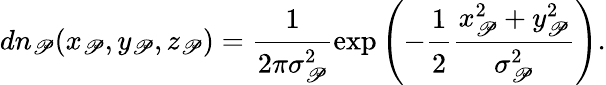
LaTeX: dn_{\mathscr{P}}(x_{\mathscr{P}},y_{\mathscr{P}},z_{\mathscr{P}})=\cfrac{1}{2\pi\sigma_{\mathscr{P}}^{2}}\exp\left(-\cfrac{1}{2}\cfrac{x_{\mathscr{P}}^{2}+y_{\mathscr{P}}^{2}}{\sigma_{\mathscr{P}}^{2}}\right).